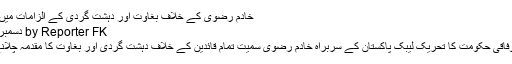
خادم رضوی کے خلاف بغاوت اور دہشت گردی کے الزامات میں مقدمہ درج
by Reporter FK دسمبر 1, 2018
اسلام آباد : وفاقی حکومت کا تحریک لیبک پاکستان کے سربراہ خادم رضوی سمیت تمام قائدین کے خلاف دہشت گردی اور بغاوت کا مقدمہ چلانے کا اعلان۔